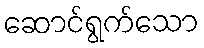
ဆောင်ရွက်သော